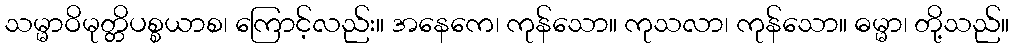
သမ္မာဝိမုတ္တိပစ္စယာစ၊ ကြောင့်လည်း။ အနေကေ၊ ကုန်သော။ ကုသလာ၊ ကုန်သော။ ဓမ္မာ၊ တို့သည်။